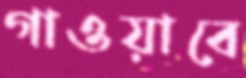
গাওয়াবে